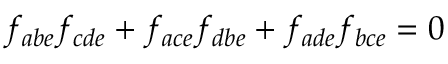
f _ { a b e } f _ { c d e } + f _ { a c e } f _ { d b e } + f _ { a d e } f _ { b c e } = 0